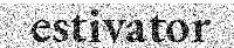
estivator